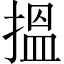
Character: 搵